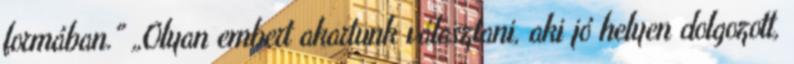
formában." „Olyan embert akartunk választani, aki jó helyen dolgozott,